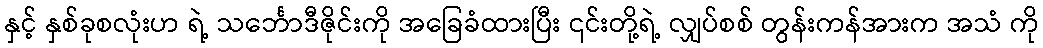
နှင့် နှစ်ခုစလုံးဟ ရဲ့ သင်္ဘောဒီဇိုင်းကို အခြေခံထားပြီး ၎င်းတို့ရဲ့ လျှပ်စစ် တွန်းကန်အားက အသံ ကို